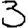
Digit: 3